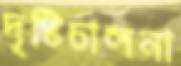
দৃষ্টিচালনা